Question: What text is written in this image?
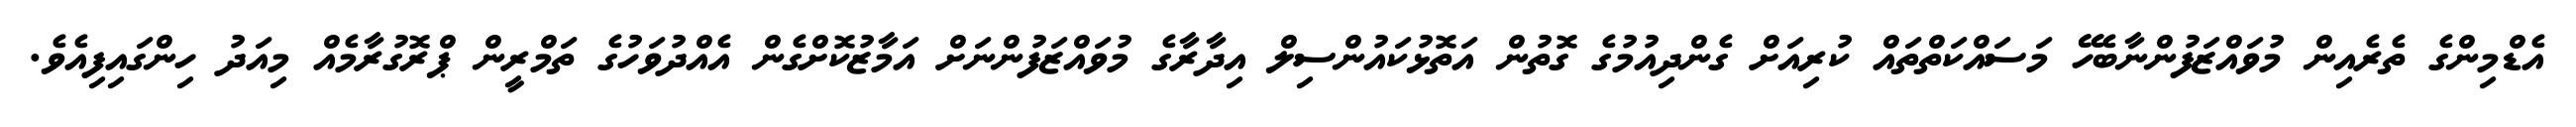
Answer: އެޑްމިންގެ ތެރެއިން މުވައްޒަފުންނާބެހޭ މަސައްކަތްތައް ކުރިއަށް ގެންދިއުމުގެ ގޮތުން އަތޮޅުކައުންސިލް އިދާރާގެ މުވައްޒަފުންނަށް އަމާޒުކޮށްގެން އެއްދުވަހުގެ ތަމްރީން ޕްރޮގުރާމެއް މިއަދު ހިންގައިފިއެވެ.